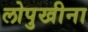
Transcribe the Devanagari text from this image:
लोपुखीना